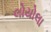
લોયોલા